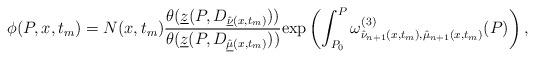
LaTeX: \begin{align*} \phi(P,x,t_{m})=N(x,t_{m})\frac{\theta(\underline{z}(P,D_{\underline{\hat{\nu}}(x,t_{m})}))}{\theta(\underline{z}(P,D_{\underline{\hat{\mu}}(x,t_{m})}))} \mathrm{exp}\left(\int_{P_{0}}^{P}\omega^{(3)}_{\hat{\nu}_{n+1}(x,t_{m}),\hat{\mu}_{n+1}(x,t_{m})}(P)\right),\end{align*}